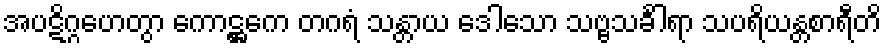
အပဋိဂ္ဂဟေတွာ ကောဋ္ဌကေ တဂရံ သန္တာယ ဒေါသော သဗ္ဗသင်္ခါရာ သပရိယန္တစာရီတိ